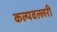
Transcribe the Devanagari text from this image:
कल्पवल्लरी